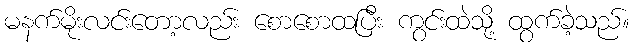
မနက်မိုးလင်းတော့လည်း စောစောထပြီး ကွင်းထဲသို့ ထွက်ခဲ့သည်။